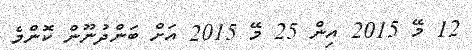
12 މޭ 2015 އިން 25 މޭ 2015 އަށް ބަންދުނޫން ކޮންމެ